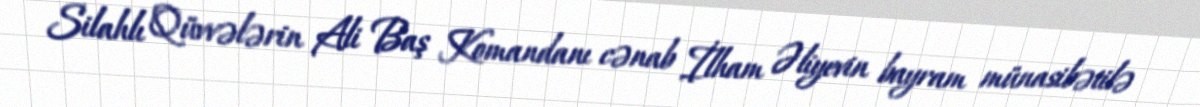
Silahlı Qüvvələrin Ali Baş Komandanı cənab İlham Əliyevin bayram münasibətilə